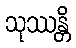
သုဿန္တိ